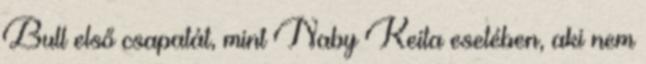
Bull első csapatát, mint Naby Keita esetében, aki nem